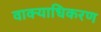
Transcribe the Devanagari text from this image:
वाक्याधिकरण